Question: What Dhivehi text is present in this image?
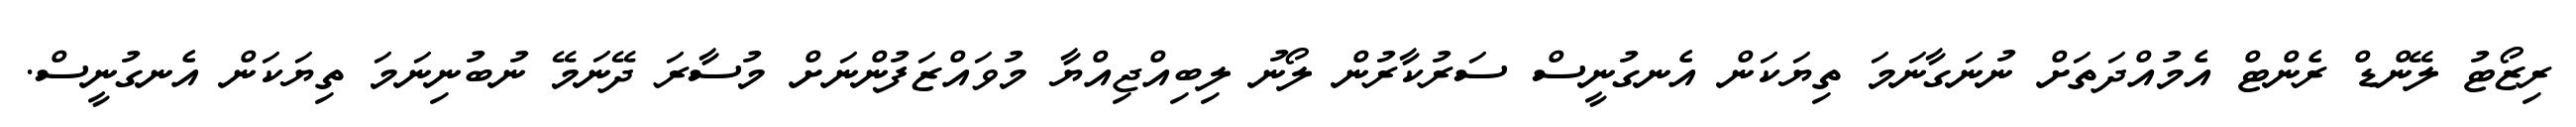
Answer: ރިޒޯޓު ލޭންޑް ރެންޓް އެމުއްދަތަށް ނުނަގާނަމަ ތިޔަކަން އެނގުނީސް ސަރުކާރުން ލޯނު ލިބިއްޖިއްޔާ މުވައްޒަފުންނަށް މުސާރަ ދޭނަމޭ ނުބުނިނަމަ ތިޔަކަން އެނގުނީސް.